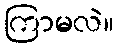
ကြာမလဲ။